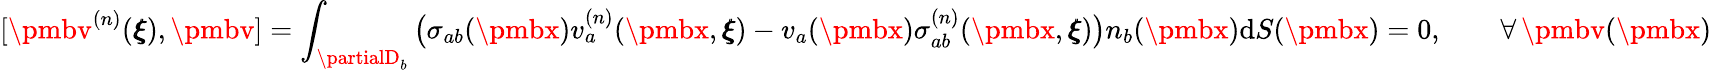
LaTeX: [{\pmbv}^{(n)}({\pmb\xi}),{\pmbv}]=\int_{\partialD_{b}}\big(\sigma_{ab}({\pmbx})v_{a}^{(n)}({\pmbx},{\pmb\xi})-v_{a}({\pmbx})\sigma_{ab}^{(n)}({\pmbx},{\pmb\xi})\big)n_{b}({\pmbx})\mathrm{d}S({\pmbx})=0,\qquad{{\forall}\, {\pmbv}({\pmbx})}